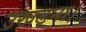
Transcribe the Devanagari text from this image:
उखडना।